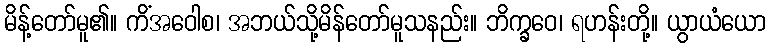
မိန့်တော်မူ၏။ ကိံအဝေါစ၊ အဘယ်သို့မိန်တော်မူသနည်း။ ဘိက္ခဝေ၊ ရဟန်းတို့။ ယွာယံယော